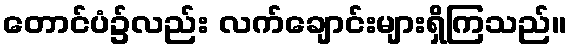
တောင်ပံ၌လည်း လက်ချောင်းများရှိကြသည်။